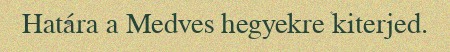
Határa a Medves hegyekre kiterjed.